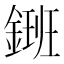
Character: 𨫄